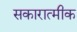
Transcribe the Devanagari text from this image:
सकारात्मीक